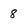
Character: 8